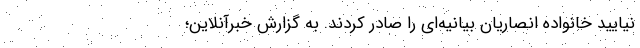
نیایید خانواده انصاریان بیانیه‌ای را صادر کردند. به گزارش خبرآنلاین؛